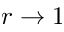
r \rightarrow 1